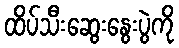
ထိပ်သီးဆွေးနွေးပွဲကို